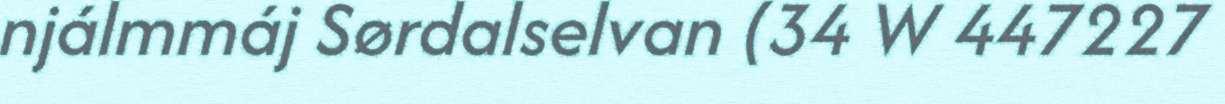
njálmmáj Sørdalselvan (34 W 447227